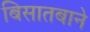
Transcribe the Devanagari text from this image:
बिसातबाने